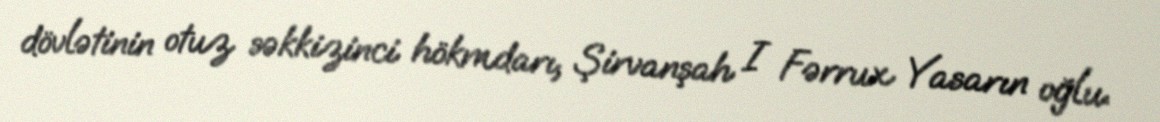
dövlətinin otuz səkkizinci hökmdarı, Şirvanşah I Fərrux Yasarın oğlu.